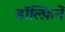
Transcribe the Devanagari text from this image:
डॉल्फ़िनें